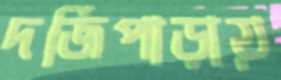
দর্জিপাড়ায়